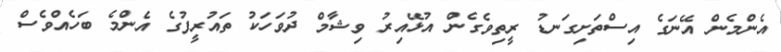
އެންމެން އޭނަގެ އިސްތަށިގަނޑު ރީތިވެގެން އުޅޭއިރު ވިޝާމް ދުވަހަކު ތައުރީފުގެ އެންމެ ބަހެއްވެސް